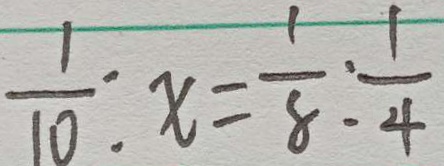
\frac { 1 } { 1 0 } : x = \frac { 1 } { 8 } : \frac { 1 } { 4 }